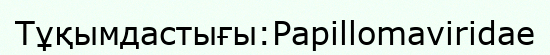
Тұқымдастығы:Papillomaviridae